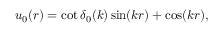
u _ { 0 } ( r ) = \cot \delta _ { 0 } ( k ) \sin ( k r ) + \cos ( k r ) ,